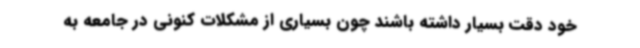
خود دقت بسیار داشته باشند چون بسیاری از مشکلات کنونی در جامعه به